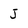
Character: J